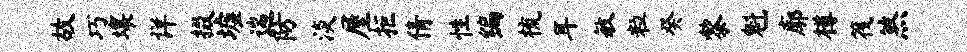
故巧壤详掇墟遄防淡屋拒倩性编梳耳敏粒癸黎魁廓樽筏煞